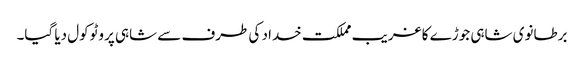
برطانوی شاہی جوڑے کا غریب مملکت خداد کی طرف سے شاہی پروٹوکول دیا گیا۔